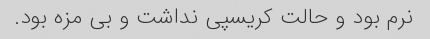
نرم بود و حالت کریسپی نداشت و بی مزه بود.